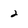
Character: 2